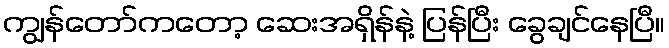
ကျွန်တော်ကတော့ ဆေးအရှိန်နဲ့ ပြန်ပြီး ခွေချင်နေပြီ။